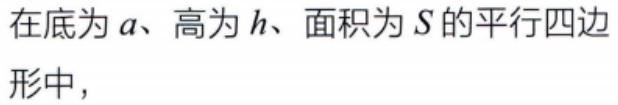
在底为\(a\)、高为\(h\)、面积为\(S\)的平行四边形中，